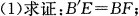
(1)求证:$$B^{\prime}E=BF$$;